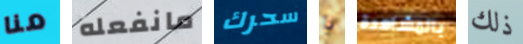
منا مانفعله سحرك يا بالمشاهدة ذلك